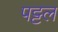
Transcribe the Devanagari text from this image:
पट्टल